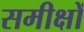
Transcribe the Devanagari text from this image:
समीक्षों